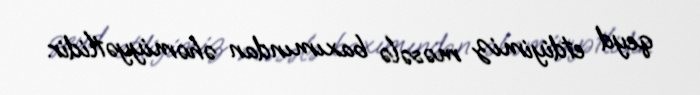
qeyd etdiyimiz məsələ baxımından əhəmiyyətlidir.